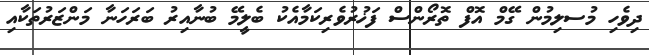
ދިވެހި މުސލިމުން ގޭމް އޮފް ތޮރޯންސް ފަޚުރުވެރިކަމާއެކު ބެލީމޭ ބުނާއިރު ބަރަހަނާ މަންޒަރުތަކާއި